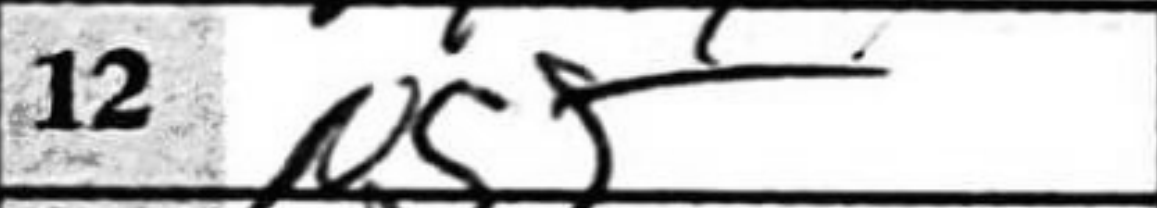
Transcription: N5+